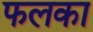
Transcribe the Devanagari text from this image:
फलका